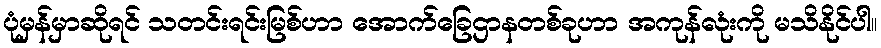
ပုံမှန်မှာဆိုရင် သတင်းရင်းမြစ်ဟာ အောက်ခြေဌာနတစ်ခုဟာ အကုန်လုံးကို မသိနိုင်ပါ။